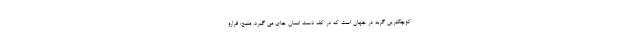
کوچکترین گربه در جهان است که در کف دست انسان جای می گیرد. منبع: فرارو